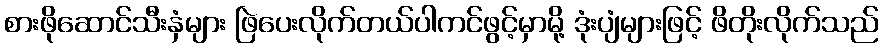
စားဖိုဆောင်သီးနှံများ ဖြဲပေးလိုက်တယ်ပါကင်ဖွင့်မှာမို့ ဒုံးပျံများဖြင့် ဖိတိုးလိုက်သည်